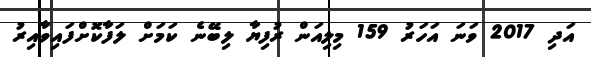
އަދި 2017 ވަނަ އަހަރު 159 މިލިއަން ރުފިޔާ ލިބޭނެ ކަމަށް ލަފާކޮށްފައިވާއިރު